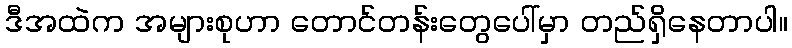
ဒီအထဲက အများစုဟာ တောင်တန်းတွေပေါ်မှာ တည်ရှိနေတာပါ။